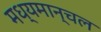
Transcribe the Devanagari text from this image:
मध्यमान्चल